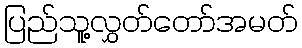
ပြည်သူ့လွှတ်တော်အမတ်